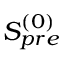
S _ { p r e } ^ { ( 0 ) }